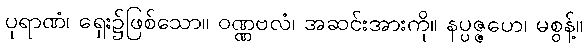
ပုရာဏံ၊ ရှေး၌ဖြစ်သော။ ဝဏ္ဏဗလံ၊ အဆင်းအားကို။ နပ္ပဇ္ဇဟေ၊ မစွန့်။